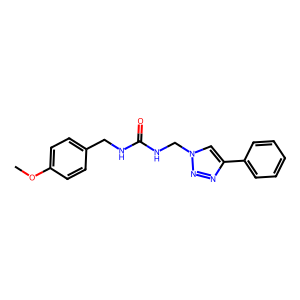
SMILES: COc1ccc(CNC(=O)NCn2cc(-c3ccccc3)nn2)cc1
Inhibits HIV replication: No